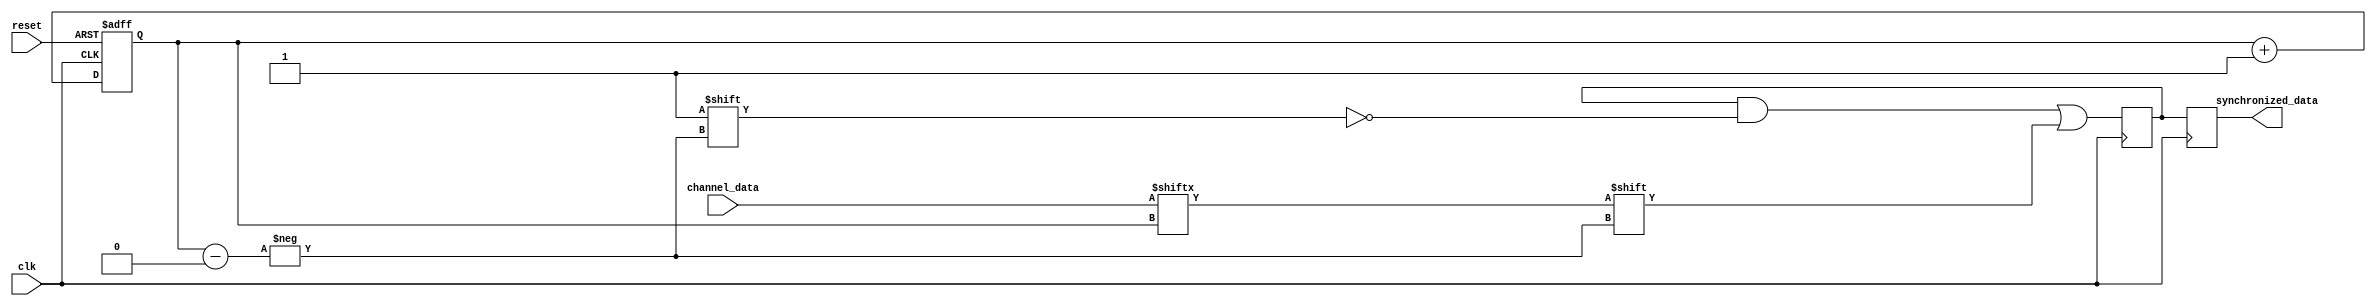
module Multi_channel_synchronizer (

input wire clk,
input wire reset,
input wire [N-1:0] channel_data,
output wire [N-1:0] synchronized_data

);

parameter N = 4; // Assuming 4 channels

reg [N-1:0] synchronized_data_reg;
reg [N-1:0] synchronized_data_next;

reg [N-1:0] channel_selector;

// Timing control logic
always @(posedge clk or posedge reset) begin
if (reset) begin
channel_selector <= 0;
end else begin
channel_selector <= channel_selector + 1;
end
end

// Synchronization process
always @(posedge clk) begin
synchronized_data_next[channel_selector] <= channel_data[channel_selector];
end

assign synchronized_data = synchronized_data_reg;

// Synchronization circuit
always @(posedge clk) begin
synchronized_data_reg <= synchronized_data_next;
end

endmodule